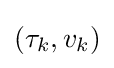
(\tau _{k},v_{k})